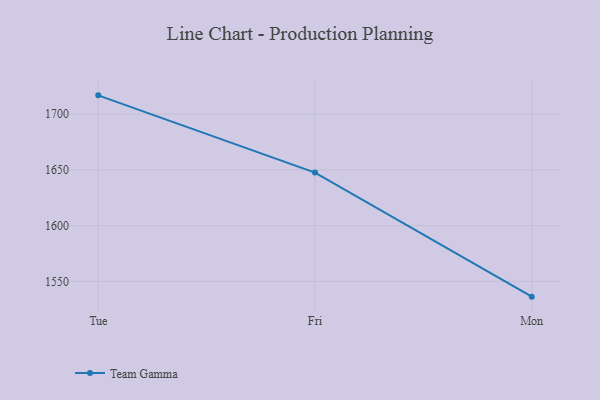
{"axis": {"x": "Day", "y": "Market Share (%)"}, "legend": ["Team Gamma"], "data": [{"x": "Tue", "y": 1716.9, "type": "Team Gamma"}, {"x": "Fri", "y": 1647.6, "type": "Team Gamma"}, {"x": "Mon", "y": 1536.3, "type": "Team Gamma"}]}